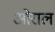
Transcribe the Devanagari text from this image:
ओराल